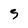
Character: S